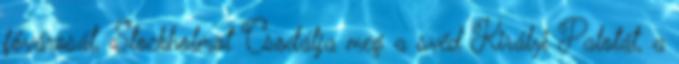
fővárosát, Stockholmot Csodálja meg a svéd Királyi Palotát, a